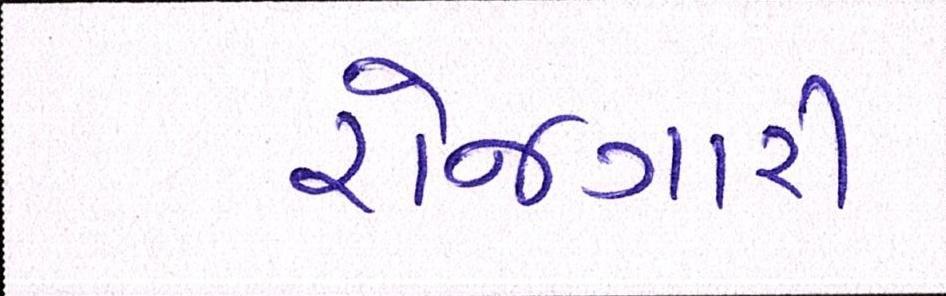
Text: રોજગારી